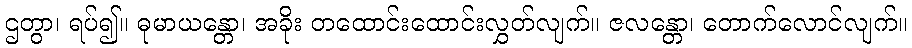
ဌတွာ၊ ရပ်၍။ ဓုမာယန္တော၊ အခိုး တထောင်းထောင်းလွှတ်လျက်။ ဇလန္တော၊ တောက်လောင်လျက်။